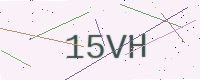
Text: 15VH